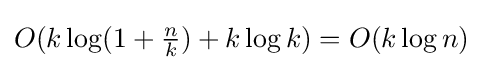
{\textstyle O(k\log(1+{\frac {n}{k}})+k\log k)=O(k\log n)}